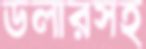
ডলারসহ